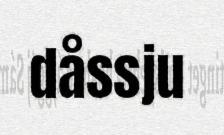
dåssju